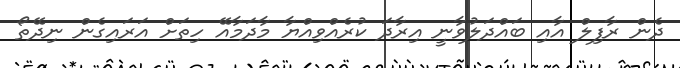
ދެން ރާފިލް އާއި ބައްދަލުވާނީ އިރާދަ ކުރެއްވިއްޔާ މާދަމާއޭ ހިތަށް އަރައިގެން ނިދޭތޯ